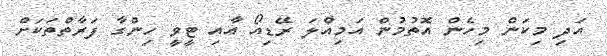
އަދި މިކަން މިހެން އޮތުމުން އަމިއްލަ ރޭޑިއޯ އާއި ޓީވީ ހިންގާ ފަރާތްތަކަށް